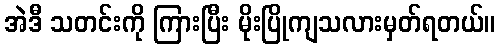
အဲဒီ သတင်းကို ကြားပြီး မိုးပြိုကျသလားမှတ်ရတယ်။